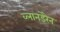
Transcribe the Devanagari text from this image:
व्लानडेरेन